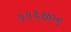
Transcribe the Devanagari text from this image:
५५६७०९